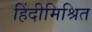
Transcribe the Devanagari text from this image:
हिंदीमिश्रित